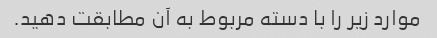
موارد زیر را با دسته مربوط به آن مطابقت دهید.